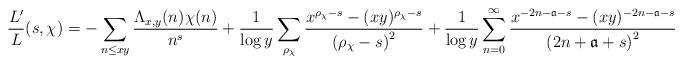
LaTeX: \begin{align*}\frac{L'}{L}(s,\chi) = -\sum_{n\leq xy}\frac{\Lambda_{x,y}(n)\chi(n)}{n^s} + \frac{1}{\log{y}}\sum_{\rho_{\chi}}\frac{x^{\rho_{\chi}-s}-(xy)^{\rho_{\chi}-s}}{\left(\rho_{\chi}-s\right)^{2}} + \frac{1}{\log{y}}\sum_{n=0}^{\infty}\frac{x^{-2n-\mathfrak{a}-s}-(xy)^{-2n-\mathfrak{a}-s}}{\left(2n+\mathfrak{a}+s\right)^{2}}\end{align*}